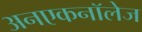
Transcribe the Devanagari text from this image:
अनएकनॉलेज